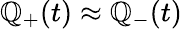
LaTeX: \mathbb{Q}_{+}(t)\approx\mathbb{Q}_{-}(t)